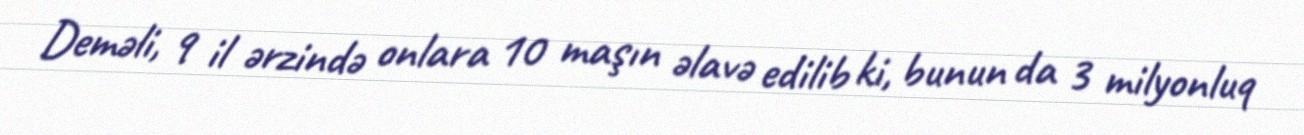
Deməli, 9 il ərzində onlara 10 maşın əlavə edilib ki, bunun da 3 milyonluq